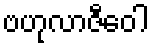
ဗဟုလာဇီဝေါ